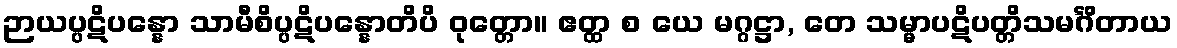
ဉာယပ္ပဋိပန္နော သာမီစိပ္ပဋိပန္နောတိပိ ဝုတ္တော။ ဧတ္ထ စ ယေ မဂ္ဂဋ္ဌာ, တေ သမ္မာပဋိပတ္တိသမင်္ဂိတာယ